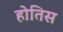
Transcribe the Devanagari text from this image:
होतिस